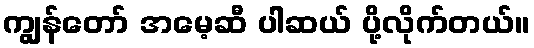
ကျွန်တော် အမေ့ဆီ ပါဆယ် ပို့လိုက်တယ်။